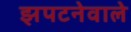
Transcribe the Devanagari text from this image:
झपटनेवाले